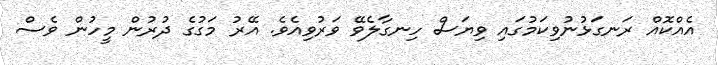
އެއްކޮއް ރަނގަޅުނުވިކަމުގައި ވިޔަސް ހިނގާލެވޭ ވަރުވިއެވެ. އޭރު މަގުގެ ދުރުން މީހުން ވެސް